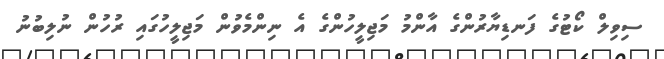
ސިވިލް ކޯޓުގެ ފަނޑިޔާރުންގެ އާންމު މަޖިލީހުންގެ އެ ނިންމެވުން މަޖިލީހުގައި ރުހުން ނުލިބުނު